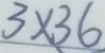
3 \times 3 6